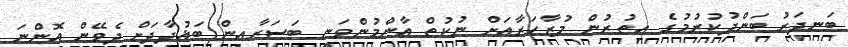
ބަނދަރު ބަންދުކުރުމުގެ އިތުރުން މުޒާހަރާއަށް ނުކުތް އާންމުންވަނީ ބަސަރާއިން ބަޣުދާދަށް ދެވޭން އޮންނަ